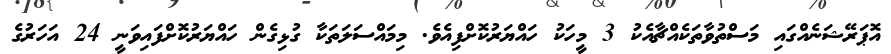
އޮޕަރޭޝަނެއްގައި މަސްތުވާތަކެއްޗާއެކު 3 މީހަކު ހައްޔަރުކޮށްފިއެވެ. މިމައްސަލަތަކާ ގުޅިގެން ހައްޔަރުކޮށްފައިވަނީ 24 އަހަރުގެ